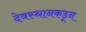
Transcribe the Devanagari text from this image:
देवस्थानकडून